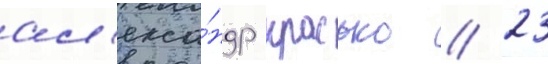
ал'екса́ндр красько // 23